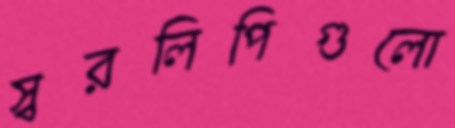
স্বরলিপিগুলো